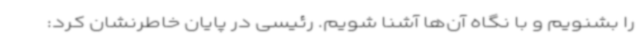
را بشنویم و با نگاه آن‌ها آشنا شویم. رئیسی در پایان خاطرنشان کرد: